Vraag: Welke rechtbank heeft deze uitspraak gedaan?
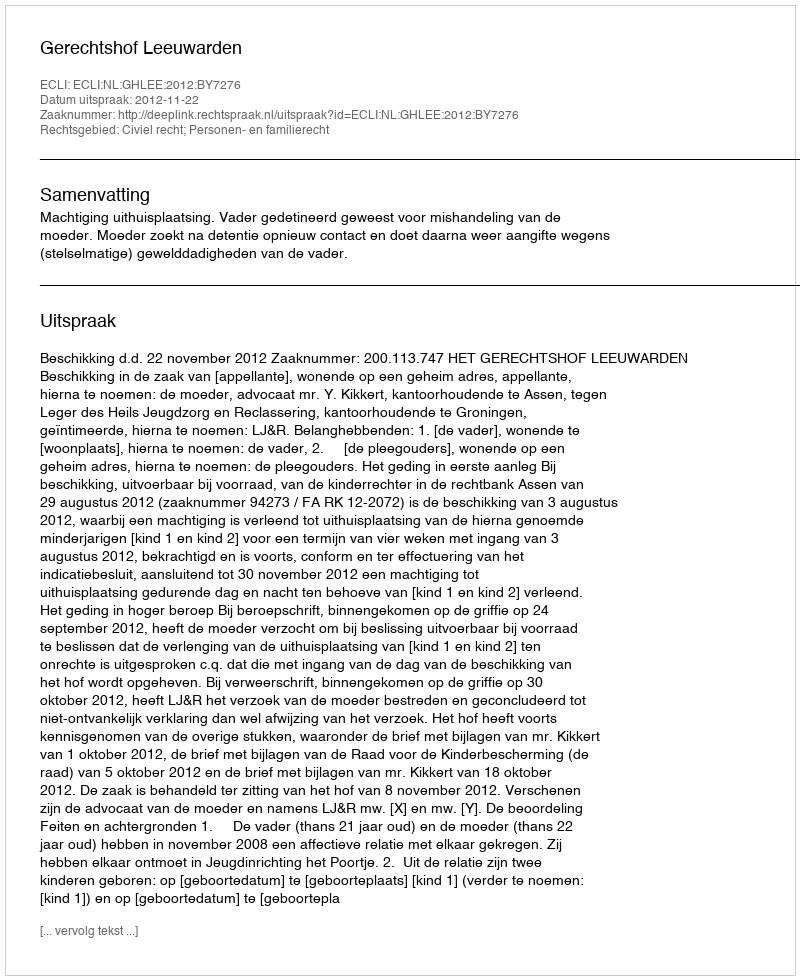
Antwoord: Gerechtshof Leeuwarden